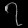
Digit: ၇